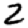
Digit: 2